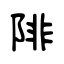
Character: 陫